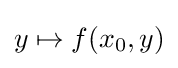
y\mapsto f(x_{0},y)